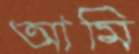
আমি